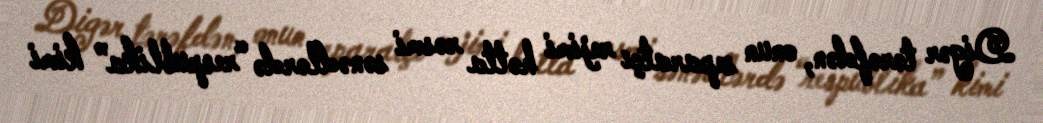
Digər tərəfdən, onun separatçı rejimi hətta rəsmi sənədlərdə “respublika” kimi